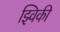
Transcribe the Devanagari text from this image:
झ्विकी